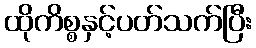
ထိုကိစ္စနှင့်ပတ်သက်ပြီး